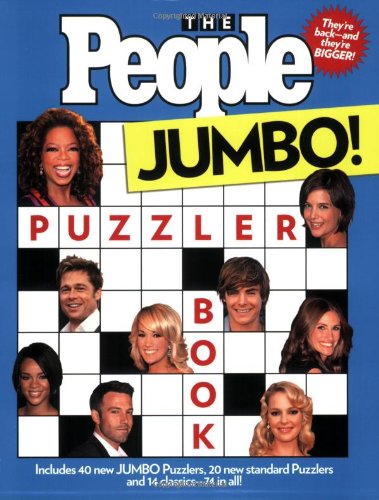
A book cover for The People Puzzler Book: Jumbo Edition; Editors of People Magazine; Humor & Entertainment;